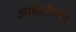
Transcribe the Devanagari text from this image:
अधिशीषण